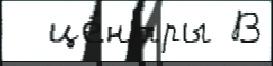
  це́нтры В